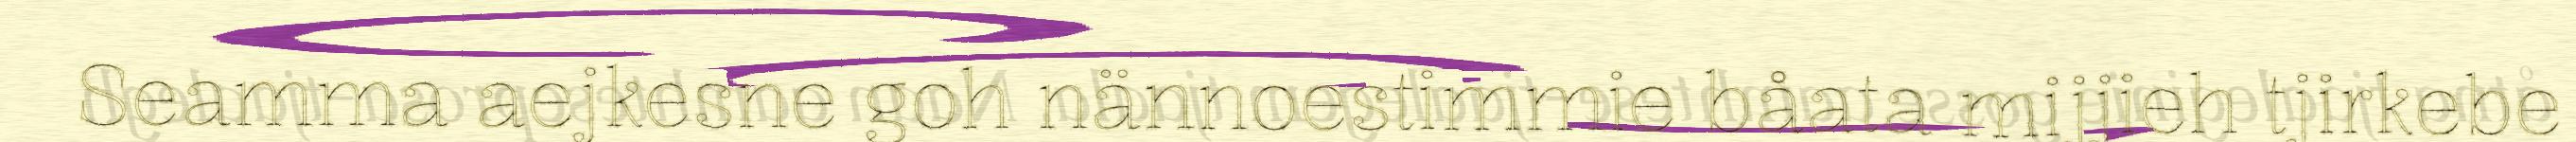
Seamma aejkesne goh nännoestimmie båata mijjieh tjirkebe